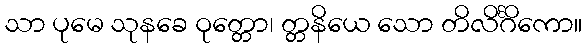
သာ ပုမေ သုနခေ ဝုတ္တော၊ တ္တနိယေ သော တိလိင်္ဂိကော။